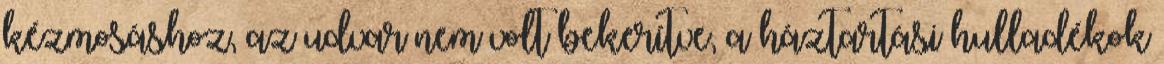
kézmosáshoz, az udvar nem volt bekerítve, a háztartási hulladékok